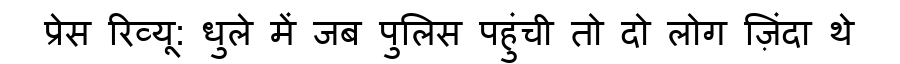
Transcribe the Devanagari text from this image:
प्रेस रिव्यू: धुले में जब पुलिस पहुंची तो दो लोग ज़िंदा थे